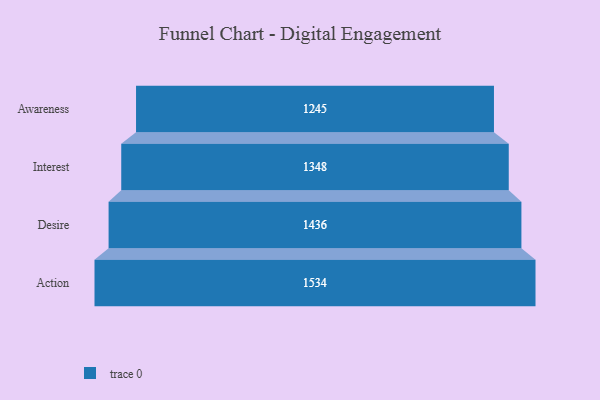
{"axis": {"x": "Stage", "y": "Value"}, "legend": [""], "data": [{"x": "Awareness", "y": 1245.0, "type": ""}, {"x": "Interest", "y": 1348.0, "type": ""}, {"x": "Desire", "y": 1436.0, "type": ""}, {"x": "Action", "y": 1534.0, "type": ""}]}